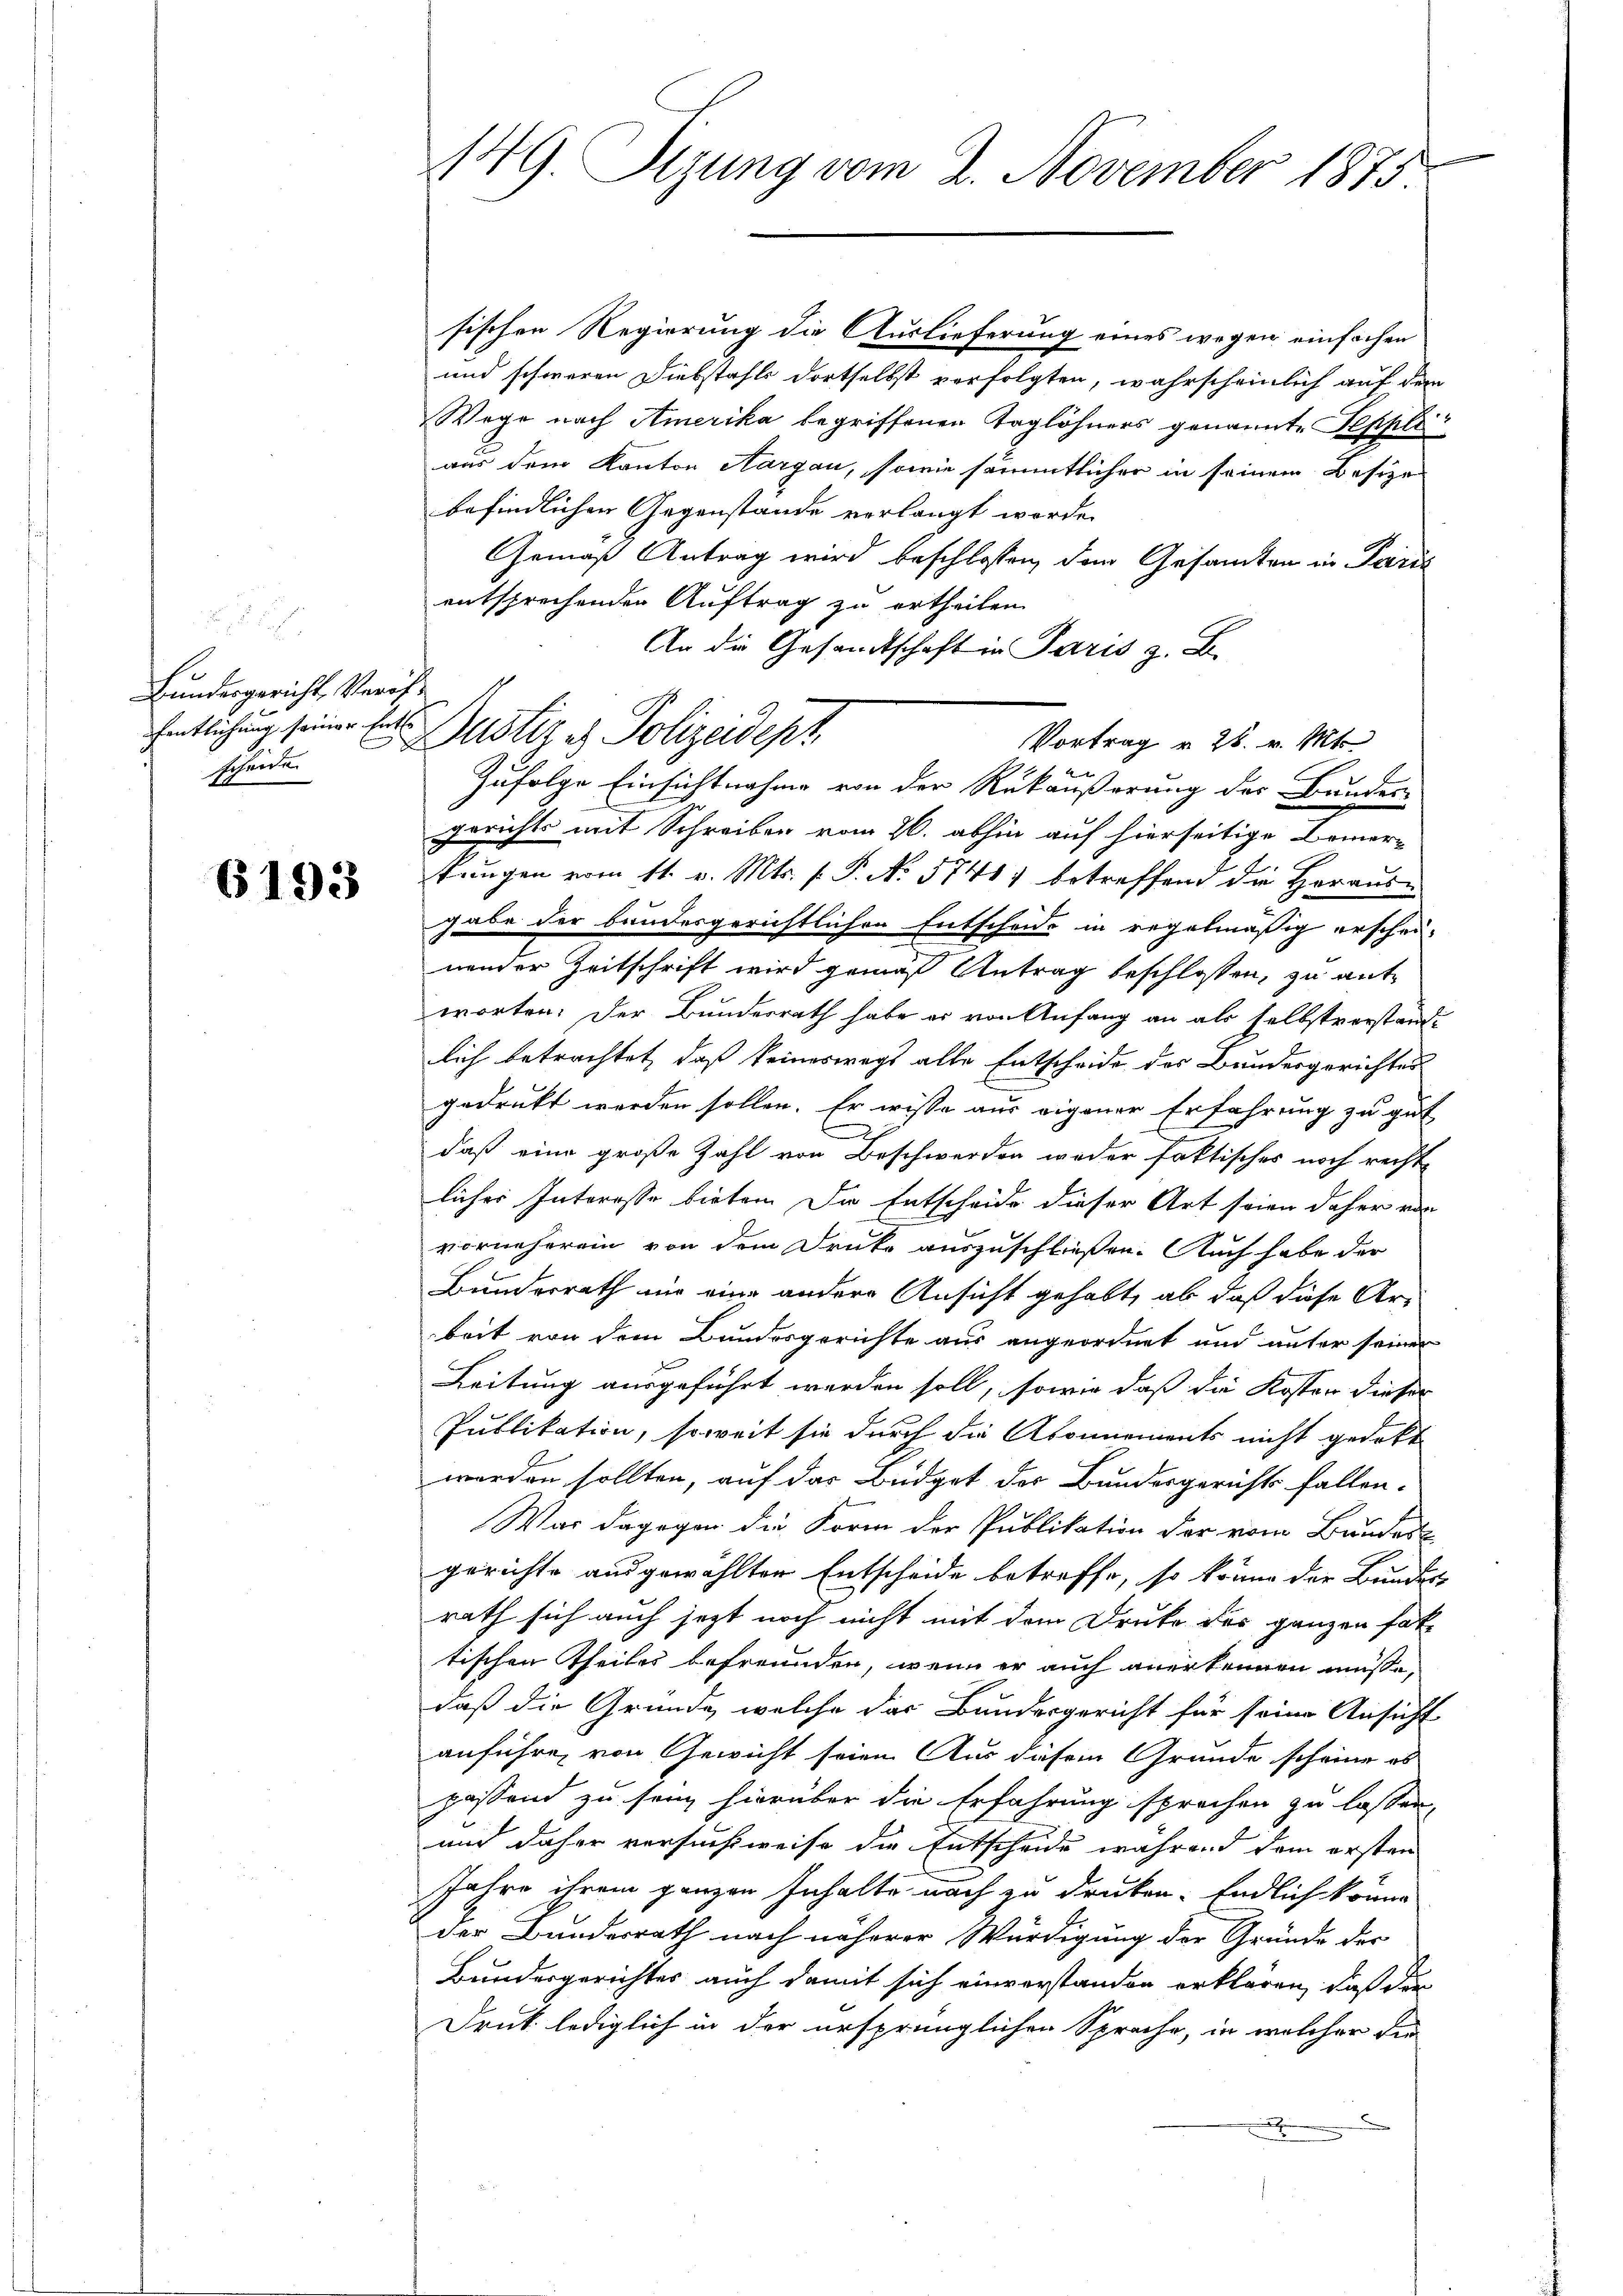
Bundesgericht, Veröffentlichung seiner Ents
x
scheide

6193

149. Sizung vom 2. November 1875.

sischen Regierung die Auslieferung eines wegen einfachen
und schweren Diebstahls dortselbst verfolgten, wahrscheinlich auf den
Wege nach Amerika begriffenen Taglöhners genannte Peppli
aus dem Kanton Aargau, sowie sämmtlicher in seinem Besize
befindlichen Gegenstände verlangt worden
Gemäß Antrag wird beschlossen, dem Gesandten in Paris
entsprechenden Auftrag zu ertheilen
An die Gesandtschaft in Paris z. B.
Zufolge Einsichtnahme von der Rükäußerung der Bunder-
gerichts mit Schreiber vom 26. abhin auf hierseitige Bemer-
tungen vom 11. v. Mts. f. P. No 5741) betreffend die Heraus-
gabe der bundesgerichtlichen Entscheide in regelmäßig erschei-
nender Zeitschrift wird gemäß Antrag beschlossen, zu antworten. Der Bundesrath habe er von Anfang an als selbstverstand-
lich betrachtet, daß keineswegt alle Entscheide des Bundesgerichtes
gedruckt werden sollen. Er wisse aus eigener Erfahrung zu gut
e
daß eine große Zahl von Beschwerden weder faktisches noch rechte
licher Interesse bieten. Die Entscheide dieser Art seien daher von
vorneherein von dem Druke auszuschließen. Auch habe der
Bundesrath nur eine andere Ansicht gehabt, ab daß diese Ar-
beit von dem Bundesgerichte aus angeordnet und unter seiner
Leitung ausgeführt werden soll, sowie daß die Koster dieser
Publikation, soweit sie durch die Abonnements nicht gedekt
worden sollten, auf das Büdget der Bundesgerichts fallen-
War dagegen die Form der Publikation der vom Bauder
gerichte ausgewählten Entscheide betreffe, so könne der Bundes
rath sich auch jetzt noch nicht mit dem Druke des ganzen hat-
tischen Theiles befreunden, wenn er auch anerkennen müsse,
daß die Gründe, welche das Bundesgericht für seine Ansicht
anführe, von Gewicht seien Aus dasein Grunde scheine es
passend zu sein hierüber die Erfahrung sprechen zu lassen,
und daher versuchsweise die Entscheide während dem ersten
Jahre ihrem ganzen Inhalte nach zu drucken. Endlich könne
der Bundesrath nach näherer Würdigung der Gründe der
Bundesgerichtes auch damit sich einverstanden erklären, daß der
Druk lediglich in der ursprünglichen Sprache, in welcher die
.

Justiz & Polizeidept

Vortrag u. 26. v. Mts.